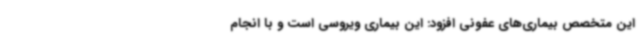
این متخصص بیماری‌های عفونی افزود: این بیماری ویروسی است و با انجام